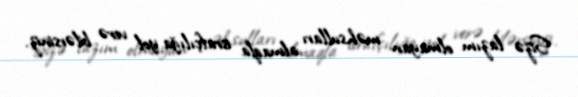
Sizə lazım olmayan məhsulları almaqla israfçılığa yol verə bilərsiniz.